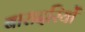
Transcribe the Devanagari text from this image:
बारादरियों